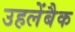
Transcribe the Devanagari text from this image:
उहलेंबैक